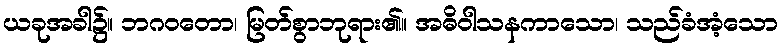
ယခုအခါ၌။ ဘဂဝတော၊ မြတ်စွာဘုရား၏။ အဓိဝါသနကာသော၊ သည်ခံအံ့သော